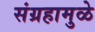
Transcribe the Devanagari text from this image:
संग्रहामुळे